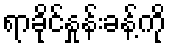
ရာခိုင်နှုန်းခန့်ကို